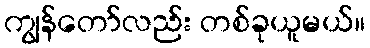
ကျွန်တော်လည်း တစ်ခုယူမယ်။